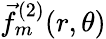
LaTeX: \vec{f}_{m}^{(2)}(r,\theta)